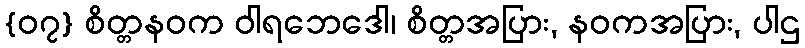
{၀၇} စိတ္တနဝက ဝါရဘေဒေါ၊ စိတ္တအပြား, နဝကအပြား, ပါဌ